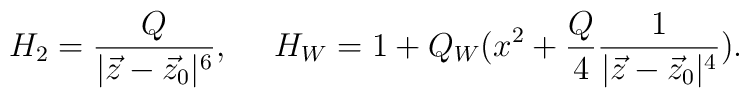
H_{2}={{Q}\over{|\vec{z}-\vec{z}_{0}|^{6}}},\ \ \ \ H_{W}=1+Q_{W}(x^{2}+{Q\over 4}{1\over {|\vec{z}-\vec{z}_{0}|^{4}}}).